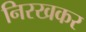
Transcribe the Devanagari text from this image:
निरखकर